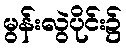
မွန်းလွဲပိုင်း၌